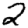
Digit: 2